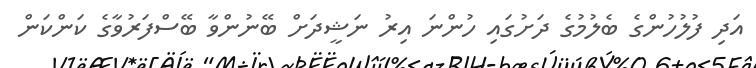
އަދި ފުލުހުންގެ ބެލުމުގެ ދަށުގައި ހުންނަ އިރު ނަޝީދަށް ބޭނުންވާ ބޭސްފަރުވާގެ ކަންކަން